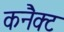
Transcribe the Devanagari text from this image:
कनैक्ट